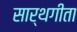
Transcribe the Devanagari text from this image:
सार्थगीता